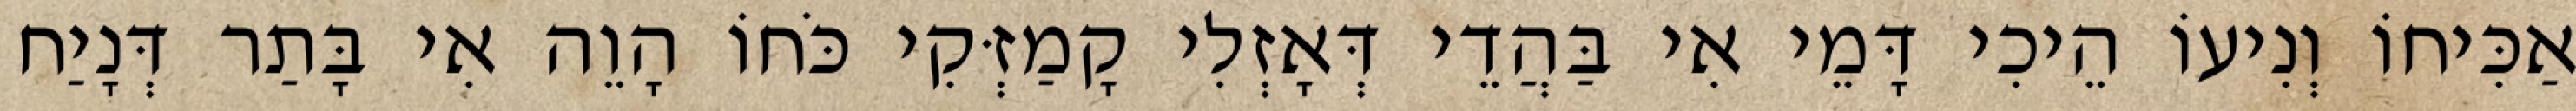
אַכִּיחוֹ וְנִיעוֹ הֵיכִי דָּמֵי אִי בַּהֲדֵי דְּאָזְלִי קָמַזְּקִי כֹּחוֹ הָוֵה אִי בָּתַר דְּנָיַח